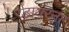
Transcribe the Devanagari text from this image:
डायरना